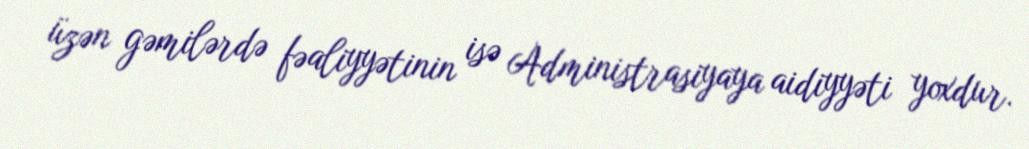
üzən gəmilərdə fəaliyyətinin isə Administrasiyaya aidiyyəti yoxdur.